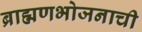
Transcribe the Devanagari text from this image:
ब्राह्मणभोजनाची